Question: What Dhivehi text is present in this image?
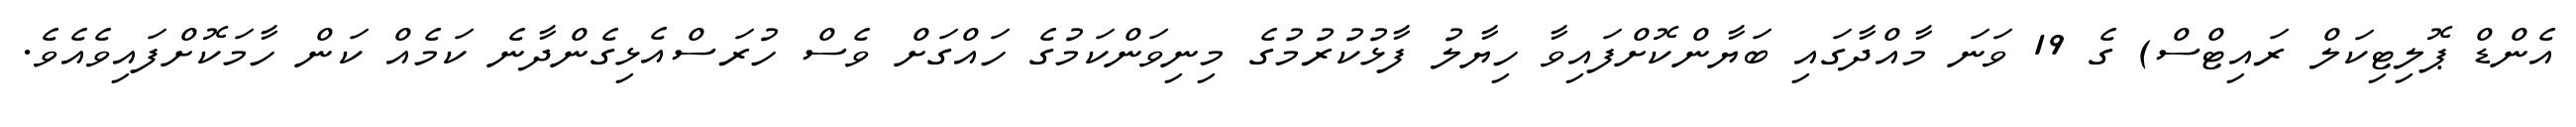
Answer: އެންޑް ޕޮލިޓިކަލް ރައިޓްސް) ގެ 19 ވަނަ މާއްދާގައި ބަޔާންކޮށްފައިވާ ހިޔާލު ފާޅުކުރުމުގެ މިނިވަންކަމުގެ ހައްގަށް ވެސް ހުރަސްއެޅިގެންދާނެ ކަމެއް ކަން ހާމަކޮށްފައިވެއެވެ.